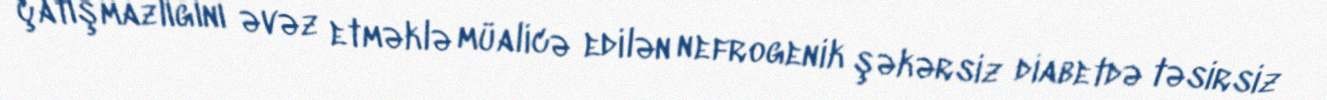
çatışmazlığını əvəz etməklə müalicə edilən nefrogenik şəkərsiz diabetdə təsirsiz